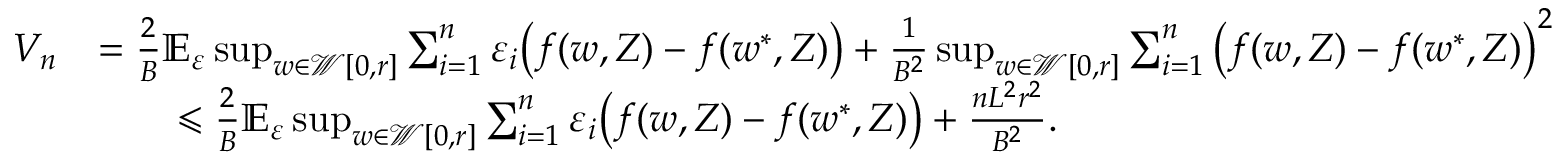
\begin{array} { r l } { V _ { n } } & { = \frac { 2 } { B } \mathbb E _ { \varepsilon } \operatorname* { s u p } _ { w \in \mathcal W [ 0 , r ] } \sum _ { i = 1 } ^ { n } \varepsilon _ { i } \big ( f ( w , Z ) - f ( w ^ { * } , Z ) \big ) + \frac { 1 } { B ^ { 2 } } \operatorname* { s u p } _ { w \in \mathcal W [ 0 , r ] } \sum _ { i = 1 } ^ { n } \big ( f ( w , Z ) - f ( w ^ { * } , Z ) \big ) ^ { 2 } } \\ & { \qquad \leqslant \frac { 2 } { B } \mathbb E _ { \varepsilon } \operatorname* { s u p } _ { w \in \mathcal W [ 0 , r ] } \sum _ { i = 1 } ^ { n } \varepsilon _ { i } \big ( f ( w , Z ) - f ( w ^ { * } , Z ) \big ) + \frac { n L ^ { 2 } r ^ { 2 } } { B ^ { 2 } } . } \end{array}